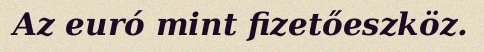
Az euró mint fizetőeszköz.